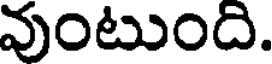
వుంటుంది.